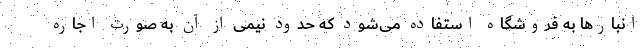
انبارها به فروشگاه استفاده می‌شود که حدود نیمی از آن به صورت اجاره